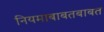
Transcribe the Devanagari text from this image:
नियमाबाबतबाबत